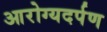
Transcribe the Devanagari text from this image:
आरोग्यदर्पण